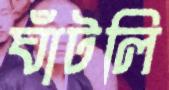
ঘাঁটলি